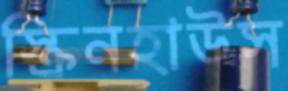
স্ক্রিনহাউস